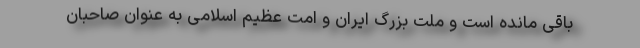
باقی مانده است و ملت بزرگ ایران و امت عظیم اسلامی به عنوان صاحبان